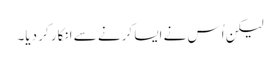
لیکن اُس نے ایسا کرنے سے انکار کر دیا۔